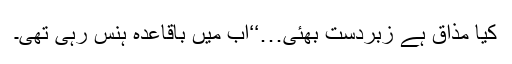
کیا مذاق ہے زبردست بھئی…‘‘اب میں باقاعدہ ہنس رہی تھی۔